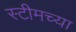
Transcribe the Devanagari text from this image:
स्टीमच्या